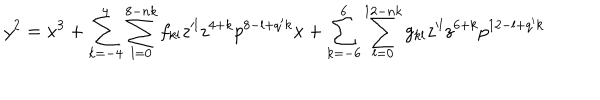
y ^ { 2 } = x ^ { 3 } + \sum _ { k = - 4 } ^ { 4 } \sum _ { l = 0 } ^ { 8 - n k } f _ { k l } z ^ { \prime l } z ^ { 4 + k } p ^ { 8 - l + q ^ { \prime } k } x + \sum _ { k = - 6 } ^ { 6 } \sum _ { l = 0 } ^ { 1 2 - n k } g _ { k l } z ^ { \prime l } z ^ { 6 + k } p ^ { 1 2 - l + q ^ { \prime } k }